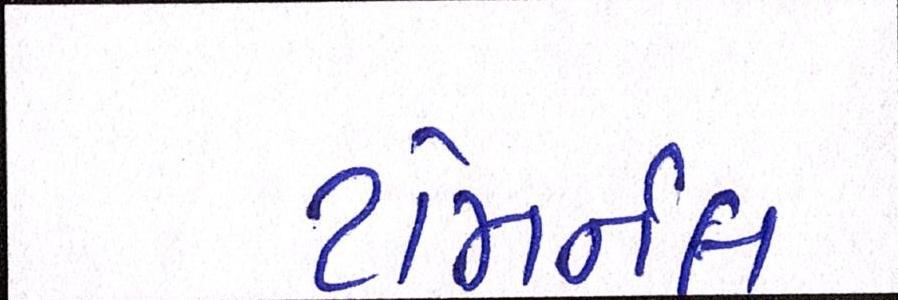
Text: ટમિર્નલ